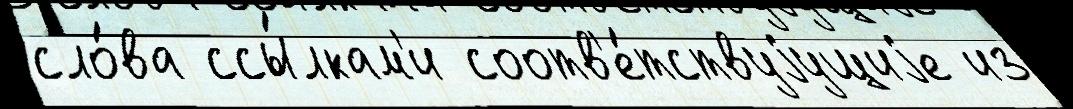
сло́ва ссы́лкам'и соотв'е́тствуjущиjе из